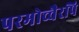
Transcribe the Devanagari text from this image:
परमोच्चैरपि